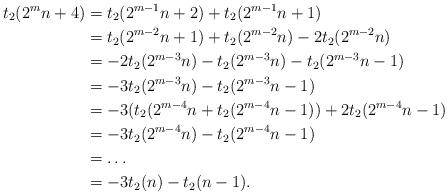
LaTeX: \begin{align*}t_2(2^mn+4) &= t_2(2^{m-1}n+2)+t_2(2^{m-1}n+1) \\ &= t_2(2^{m-2}n+1) + t_2(2^{m-2}n)-2t_2(2^{m-2}n) \\ &= -2t_2(2^{m-3}n) -t_2(2^{m-3}n)-t_2(2^{m-3}n-1) \\ &= -3t_2(2^{m-3}n)-t_2(2^{m-3}n-1) \\ &= -3(t_2(2^{m-4}n+t_2(2^{m-4}n-1))+2t_2(2^{m-4}n-1) \\ &= -3t_2(2^{m-4}n)-t_2(2^{m-4}n-1) \\ &= \ldots \\ &= -3t_2(n)-t_2(n-1).\\\end{align*}